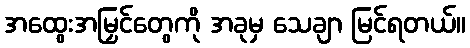
အထွေးအမြှင်တွေကို အခုမှ သေချာ မြင်ရတယ်။